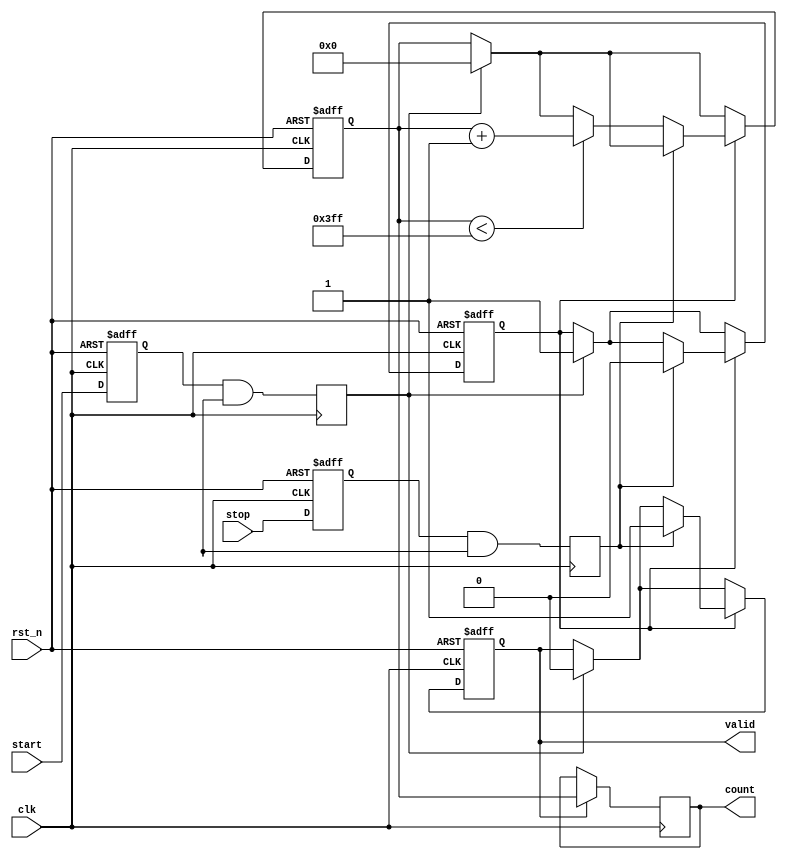
module TDC (
    input wire clk,          // High frequency clock signal
    input wire rst_n,        // Active low reset signal
    input wire start,        // Start signal
    input wire stop,         // Stop signal
    output reg [9:0] count,  // 10-bit output for time interval
    output reg valid         // Valid signal indicating that the output is valid
);

// Parameters
parameter NUM_DELAY_STAGES = 10; // Number of delay stages
parameter DELAY_RESOLUTION = 100; // Resolution in picoseconds

// Internal signals
reg [9:0] counter;              // Digital counter
reg counting;                   // Counting state
reg start_edge;                // Edge detection
reg stop_edge;                 // Edge detection

// Clock domain synchronization for asynchronous inputs
reg start_sync, stop_sync;

// Edge detection logic
always @(posedge clk or negedge rst_n) begin
    if (~rst_n) begin
        start_sync <= 1'b0;
        stop_sync <= 1'b0;
    end else begin
        start_sync <= start;
        stop_sync <= stop;
    end
end

// Detect rising edge for start and stop
always @(posedge clk) begin
    start_edge <= start_sync & ~start_sync[NUM_DELAY_STAGES-1];
    stop_edge <= stop_sync & ~stop_sync[NUM_DELAY_STAGES-1];
end

// Digital Counter Logic
always @(posedge clk or negedge rst_n) begin
    if (~rst_n) begin
        counter <= 10'b0;
        counting <= 1'b0;
        valid <= 1'b0;
    end else begin
        if (start_edge) begin
            counter <= 10'b0; // Reset counter on start
            counting <= 1'b1; // Start counting
            valid <= 1'b0;    // Output not valid yet
        end
        
        if (counting) begin
            if (stop_edge) begin
                counting <= 1'b0;        // Stop counting
                valid <= 1'b1;           // Output is valid
            end else if (counter < (1 << NUM_DELAY_STAGES) - 1) begin
                counter <= counter + 1; // Increment counter
            end
        end
    end
end

// Output count encoding (for demonstration)
always @(posedge clk) begin
    if (valid) begin
        count <= counter; // Output the count value
    end
end

endmodule